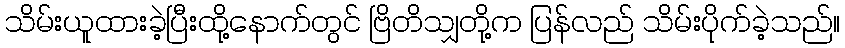
သိမ်းယူထားခဲ့ပြီးထို့နောက်တွင် ဗြိတိသျှတို့က ပြန်လည် သိမ်းပိုက်ခဲ့သည်။